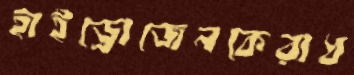
হাইড্রোজেনকেরাধ